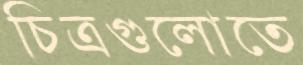
চিত্রগুলোতে